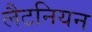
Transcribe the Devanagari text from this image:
लैटनियन